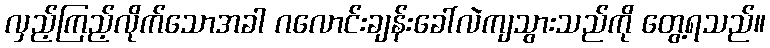
လှည့်ကြည့်လိုက်သောအခါ ဂလောင်းချန်းခေါ်လဲကျသွားသည်ကို တွေ့ရသည်။